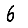
Digit: 6